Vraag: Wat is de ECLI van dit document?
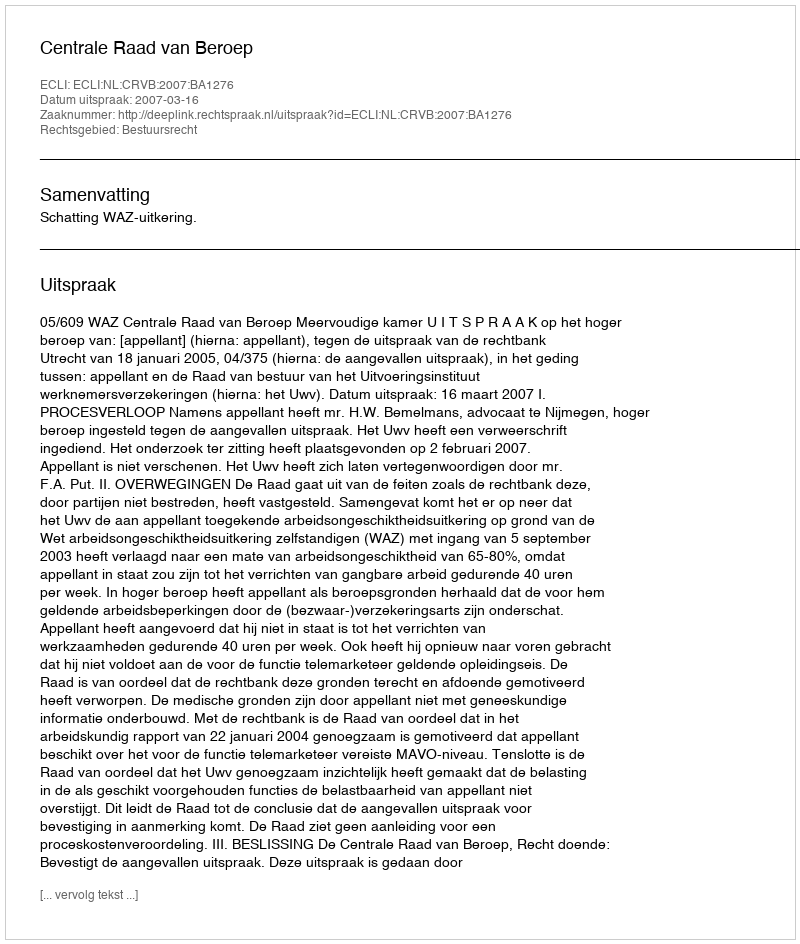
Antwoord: ECLI:NL:CRVB:2007:BA1276